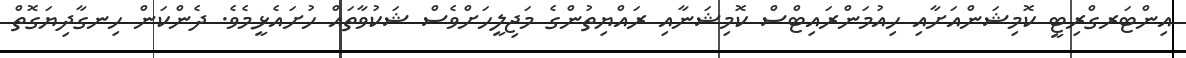
އިންޓަރގްރިޓީ ކޮމިޝަންއަށާއި ހިއުމަންރައިޓްސް ކޮމިޝަނާއި ރައްޔިތުންގެ މަޖިލީހަށްވެސް ޝަކުވާތައް ހުށައެޅީމެވެ. ދެންކަން ހިނގާދިޔަގޮތް